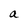
Character: a